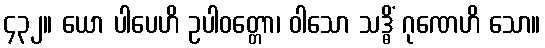
၄၃၂။ ယော ပါပေဟိ ဥပါဝတ္တော၊ ဝါသော သဒ္ဓိံ ဂုဏေဟိ သော။